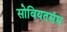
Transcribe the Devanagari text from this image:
सोवियतसंघ